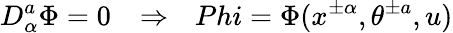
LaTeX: D_{\alpha}^{a}\Phi=0\ \ \ \Rightarrow\ \ \, Phi=\Phi(x^{\pm\alpha},\theta^{\pm a},u)